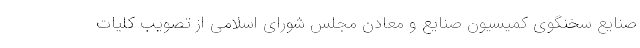
صنایع سخنگوی کمیسیون صنایع و معادن مجلس شورای اسلامی از تصویب کلیات